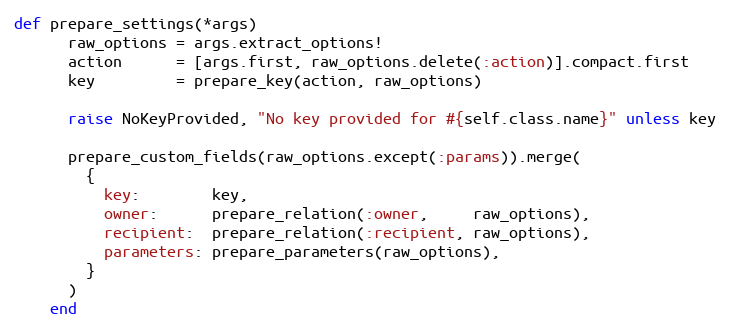
Language: Ruby
def prepare_settings(*args)
      raw_options = args.extract_options!
      action      = [args.first, raw_options.delete(:action)].compact.first
      key         = prepare_key(action, raw_options)

      raise NoKeyProvided, "No key provided for #{self.class.name}" unless key

      prepare_custom_fields(raw_options.except(:params)).merge(
        {
          key:        key,
          owner:      prepare_relation(:owner,     raw_options),
          recipient:  prepare_relation(:recipient, raw_options),
          parameters: prepare_parameters(raw_options),
        }
      )
    end